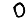
Digit: 0